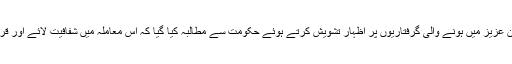
نیز داعش کے نام پر وطن عزیز میں ہونے والی گرفتاریوں پر اظہار تشویش کرتے ہوئے حکومت سے مطالبہ کیا گیا کہ اس معاملہ میں شفافیت لائے اور قرطاس ابیض جاری کرے۔